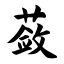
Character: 蔹